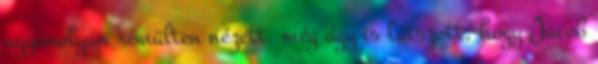
ugyanolyan rémülten nézett, még úgy is látszott, hogy Jacob